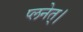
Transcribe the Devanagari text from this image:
प्लनेत्।